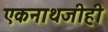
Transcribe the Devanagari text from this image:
एकनाथजीही